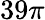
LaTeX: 39\pi